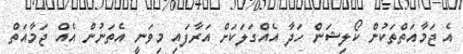
އެ ޖަމާއަތްތަކުން ކޯލިޝަން ހަދާ އެއްގަލަކަށް އަރާފައި މިވަނީ އެތަނުން އެއް ޖަމާއަތް